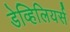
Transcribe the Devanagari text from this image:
डेव्हिलियर्स